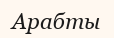
Арабты